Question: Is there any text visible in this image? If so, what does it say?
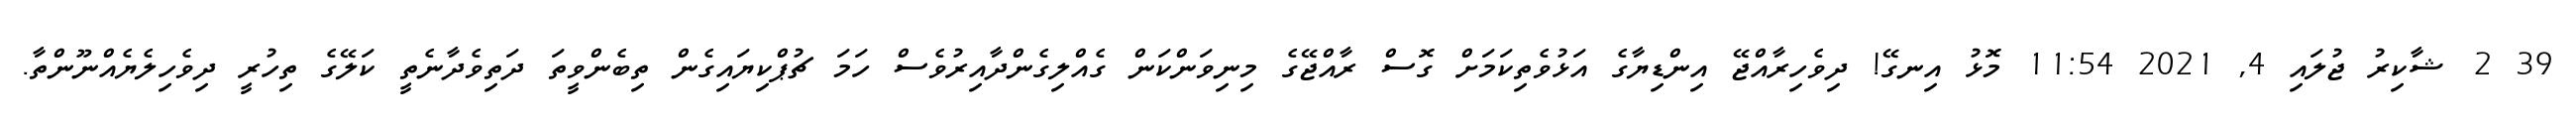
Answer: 39 2 ޝާކިރު ޖުލައި 4, 2021 11:54 މޮޅު އިނގޭ! ދިވެހިރާއްޖޭ އިންޑިޔާގެ އަޅުވެތިކަމަށް ގޮސް ރާއްޖޭގެ މިނިވަންކަން ގެއްލިގެންދާއިރުވެސް ހަމަ ޗުޕްކިޔައިގެން ތިބެންވީތަ ދަތިވެދާނެތީ ކަލޭގެ ތިހުރީ ދިވެހިލެޔެއްނޫންތާ.